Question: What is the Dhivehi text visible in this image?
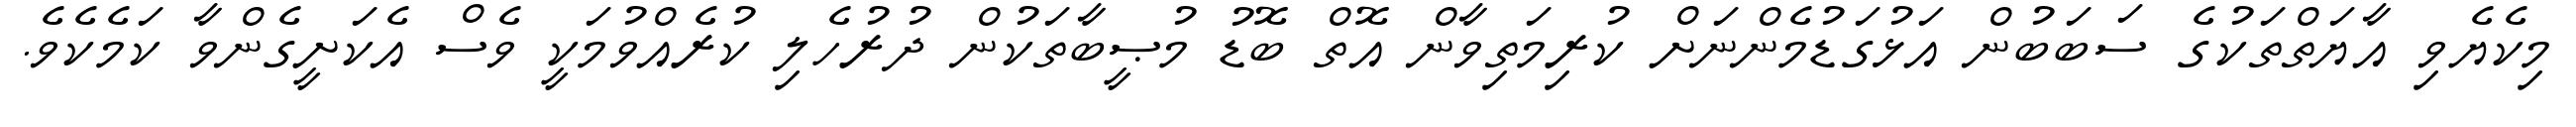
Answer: މިކެޔެވި އާޔަތްތަކުގެ ސަބަބުން އަޅުގަޑުމެންނަށް ކުރިމަތިވާން އޮތް ބޮޑު މުޞީބާތަކުން ދުރުހެލި ކުރެއްވުމަކީ ވެސް އެކަށީގެންވާ ކަމެކެވެ.